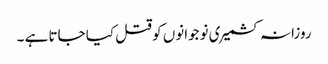
روزانہ کشمیری نوجوانوں کو قتل کیا جاتا ہے ۔